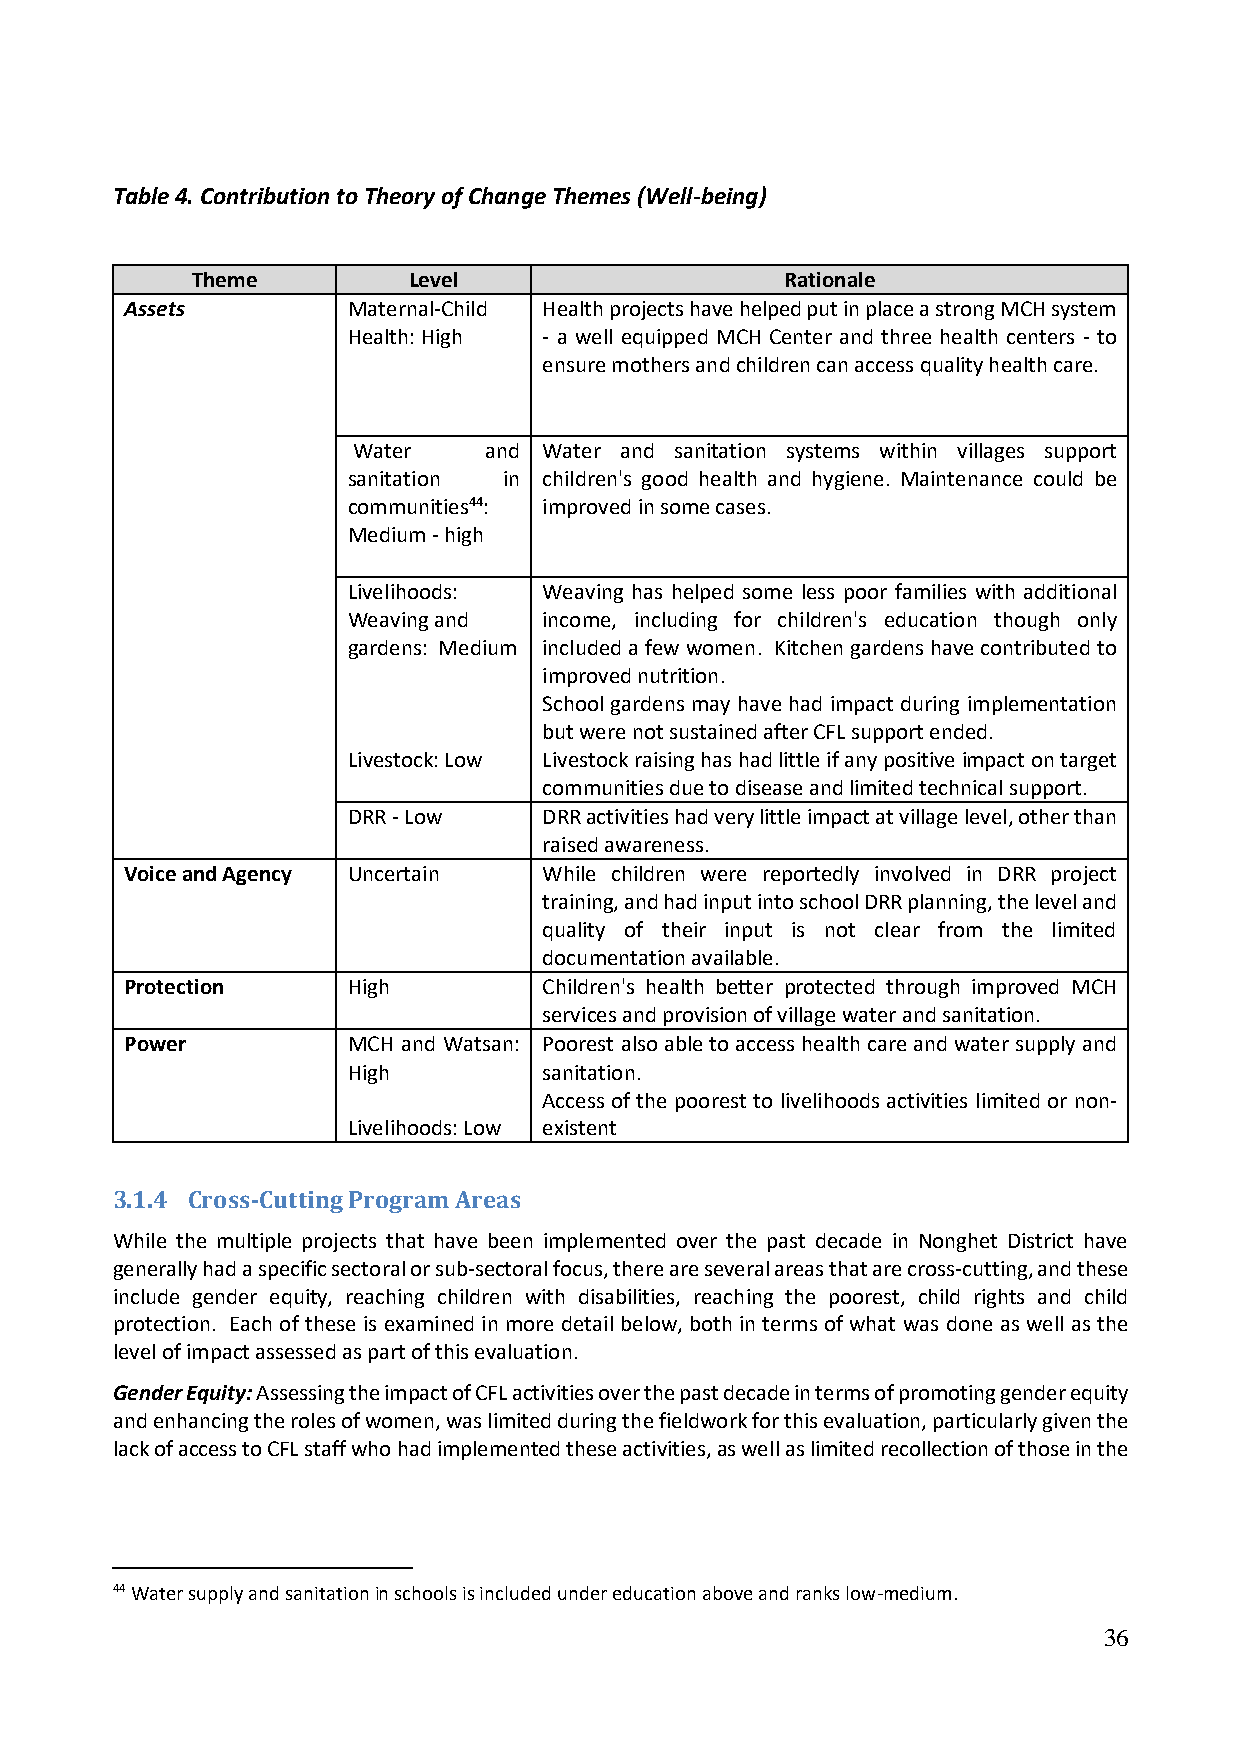
Table 4. Contribution to Theory of Change Themes (Well-being)
 Theme         Level                    Rationale
 Assets         Maternal-Child Health projects have helped put in place a strong MCH system
 Health: High - a well equipped MCH Center and three health centers - to
 ensure mothers and children can access quality health care.
 Water    and Water and sanitation systems within villages support
 sanitation in children's good health and hygiene. Maintenance could be
 communities44: improved in some cases.
 Medium - high
 Livelihoods: Weaving has helped some less poor families with additional
 Weaving and  income, including for children's education though only
 gardens: Medium included a few women. Kitchen gardens have contributed to
 improved nutrition.
 School gardens may have had impact during implementation
 but were not sustained after CFL support ended.
 Livestock: Low Livestock raising has had little if any positive impact on target
 communities due to disease and limited technical support.
 DRR - Low    DRR activities had very little impact at village level, other than
 raised awareness.
 Voice and Agency Uncertain  While children were reportedly involved in DRR project
 training, and had input into school DRR planning, the level and
 quality of their input is not clear from the limited
 documentation available.
 Protection     High         Children's health better protected through improved MCH
 services and provision of village water and sanitation.
 Power          MCH and Watsan: Poorest also able to access health care and water supply and
 High         sanitation.
 Access of the poorest to livelihoods activities limited or non-
 Livelihoods: Low existent
 3.1.4 Cross-Cutting Program Areas
 While the multiple projects that have been implemented over the past decade in Nonghet District have
 generally had a specific sectoral or sub-sectoral focus, there are several areas that are cross-cutting, and these
 include gender equity, reaching children with disabilities, reaching the poorest, child rights and child
 protection. Each of these is examined in more detail below, both in terms of what was done as well as the
 level of impact assessed as part of this evaluation.
 Gender Equity: Assessing the impact of CFL activities over the past decade in terms of promoting gender equity
 and enhancing the roles of women, was limited during the fieldwork for this evaluation, particularly given the
 lack of access to CFL staff who had implemented these activities, as well as limited recollection of those in the
 44 Water supply and sanitation in schools is included under education above and ranks low-medium.
 36